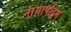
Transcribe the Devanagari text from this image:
नागापट्टिम